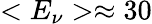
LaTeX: <E_{\nu}>\approx 30